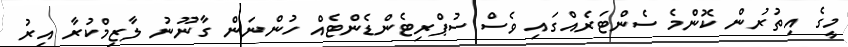
މީގެ އިތުރުން ކޮންމެ ސެންޓަރެއްގައި ވެސް ސުޕްރިޓެންޑެންޓެއް ހުންނަން ގާނޫނު ލާޒިމްކުރާ އިރު